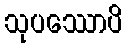
သုပဿောပိ